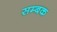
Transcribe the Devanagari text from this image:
सम्बक